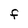
Character: F